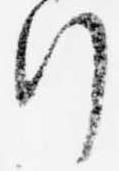
行